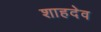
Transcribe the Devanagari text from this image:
शाहदेव